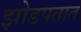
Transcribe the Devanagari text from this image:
झोडपतात